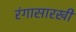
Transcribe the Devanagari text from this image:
रंगासारखी